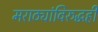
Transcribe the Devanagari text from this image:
मराठ्यांविरुद्धही